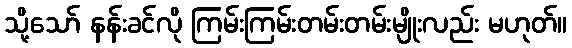
သို့သော် နန်းခင်လို ကြမ်းကြမ်းတမ်းတမ်းမျိုးလည်း မဟုတ်။